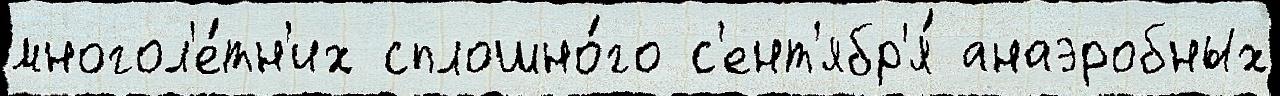
многол'е́тн'их сплошно́го с'ент'ябр'я́ анаэробных